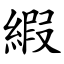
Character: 縀